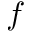
f